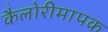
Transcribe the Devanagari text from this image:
कैलोरीमापक